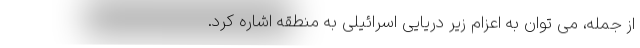
از جمله، می توان به اعزام زیر دریایی اسرائیلی به منطقه اشاره کرد.